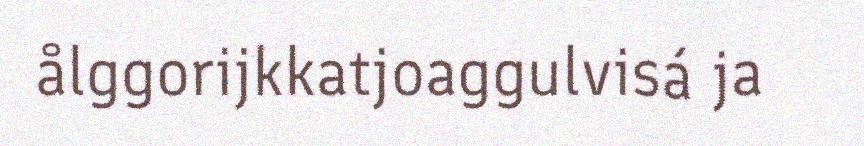
ålggorijkkatjoaggulvisá ja